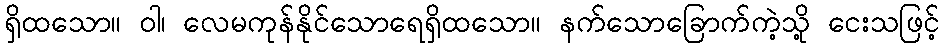
ရှိထသော။ ဝါ၊ လေမကုန်နိုင်သောရေရှိထသော။ နက်သောခြောက်ကဲ့သို့ ငေးသဖြင့်